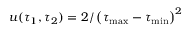
u ( \tau _ { 1 } , \tau _ { 2 } ) = 2 / \left( \tau _ { \mathrm { m a x } } - \tau _ { \mathrm { m i n } } \right) ^ { 2 }